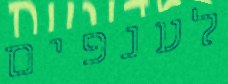
לענפים